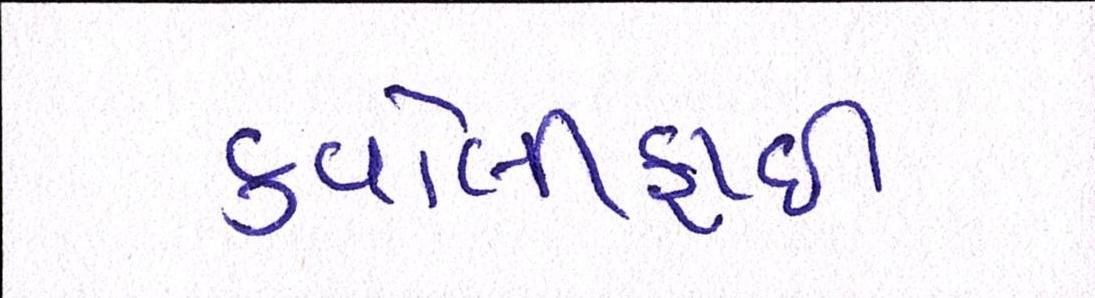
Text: કવોલીફાઈ